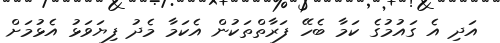
އަދި އެ ގައުމުގެ ކަމާ ބެހޭ ފަރާތްތަކުން އެކަމާ މެދު ފިޔަވަޅު އެޅުމަށް